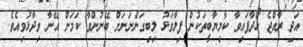
އަދި ރާއްޖެ ހޯދާފައިވާ ކާމިޔާބީތަކުން ފިލާވަޅު ލިބިގަންނަނަށް ބޭނުންވާ ކަަމަށް އޭނާ ވިދާޅުވިއެވެ.